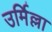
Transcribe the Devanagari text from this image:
उर्मिल्ला